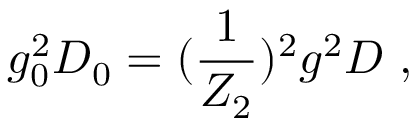
g _ { 0 } ^ { 2 } D _ { 0 } = ( \frac { 1 } { Z _ { 2 } } ) ^ { 2 } g ^ { 2 } D ~ ,